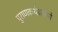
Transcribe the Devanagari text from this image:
पुराणकथेप्रमाणे